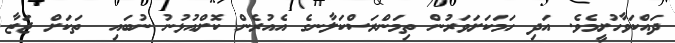
ދައްކަވާހުށީމެވެ. އަދި ހަމަކަށަވަރުން ތިމަންރަސްކަލާނގެ އެއުރެން ކޮށްއުޅުނު ނުބައި  ތަކަށް ޖަޒާ